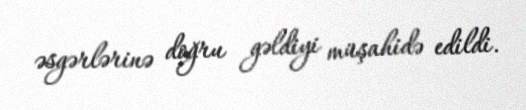
əsgərlərinə doğru gəldiyi müşahidə edildi.